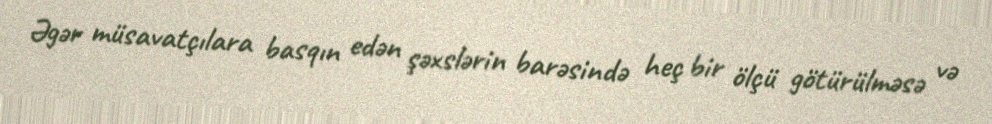
Əgər müsavatçılara basqın edən şəxslərin barəsində heç bir ölçü götürülməsə və